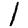
Digit: 1